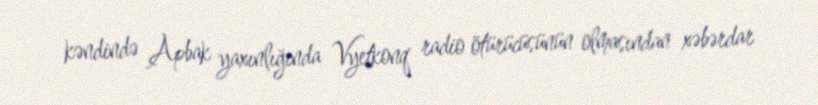
kəndində Apbak yaxınlığında Vyetkonq radio ötürücüsünün olmasından xəbərdar